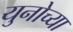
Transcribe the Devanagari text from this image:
युनोच्या